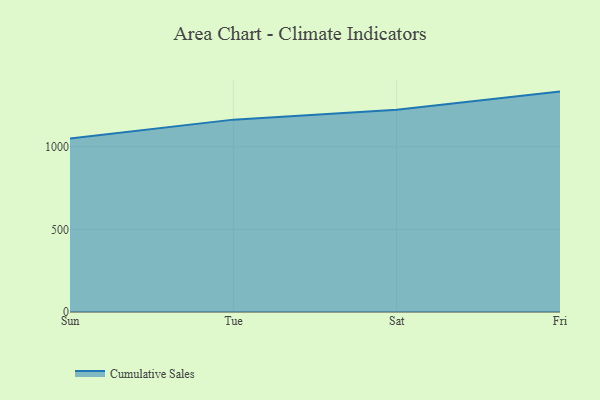
{"axis": {"x": "Day", "y": "Churn Rate (%)"}, "legend": ["Cumulative Sales"], "data": [{"x": "Sun", "y": 1050.4, "type": "Cumulative Sales"}, {"x": "Tue", "y": 1164.5, "type": "Cumulative Sales"}, {"x": "Sat", "y": 1223.9, "type": "Cumulative Sales"}, {"x": "Fri", "y": 1334.2, "type": "Cumulative Sales"}]}